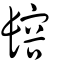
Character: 𨲟